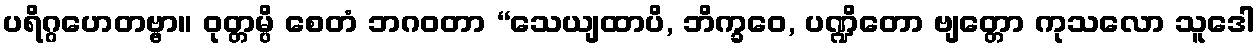
ပရိဂ္ဂဟေတဗ္ဗာ။ ဝုတ္တမ္ပိ စေတံ ဘဂဝတာ “သေယျထာပိ, ဘိက္ခဝေ, ပဏ္ဍိတော ဗျတ္တော ကုသလော သူဒေါ